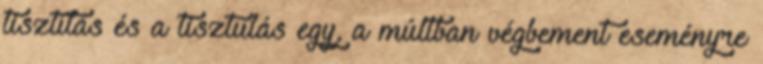
tisztítás és a tisztulás egy, a múltban végbement eseményre